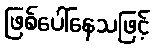
ဖြစ်ပေါ်နေသဖြင့်